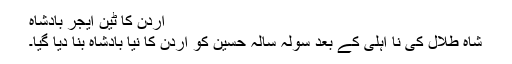
اردن کا ٹین ایجر بادشاہ
شاہ طلال کی نا اہلی کے بعد سولہ سالہ حسین کو اردن کا نیا بادشاہ بنا دیا گیا۔